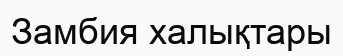
Замбия халықтары